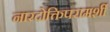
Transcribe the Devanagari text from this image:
नारदोक्तिपरामर्शी